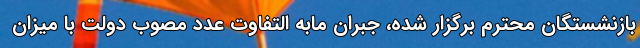
بازنشستگان محترم برگزار شده، جبران مابه التفاوت عدد مصوب دولت با میزان